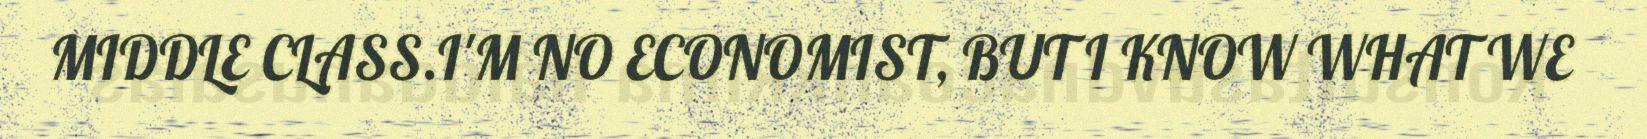
MIDDLE CLASS.I'M NO ECONOMIST, BUT I KNOW WHAT WE